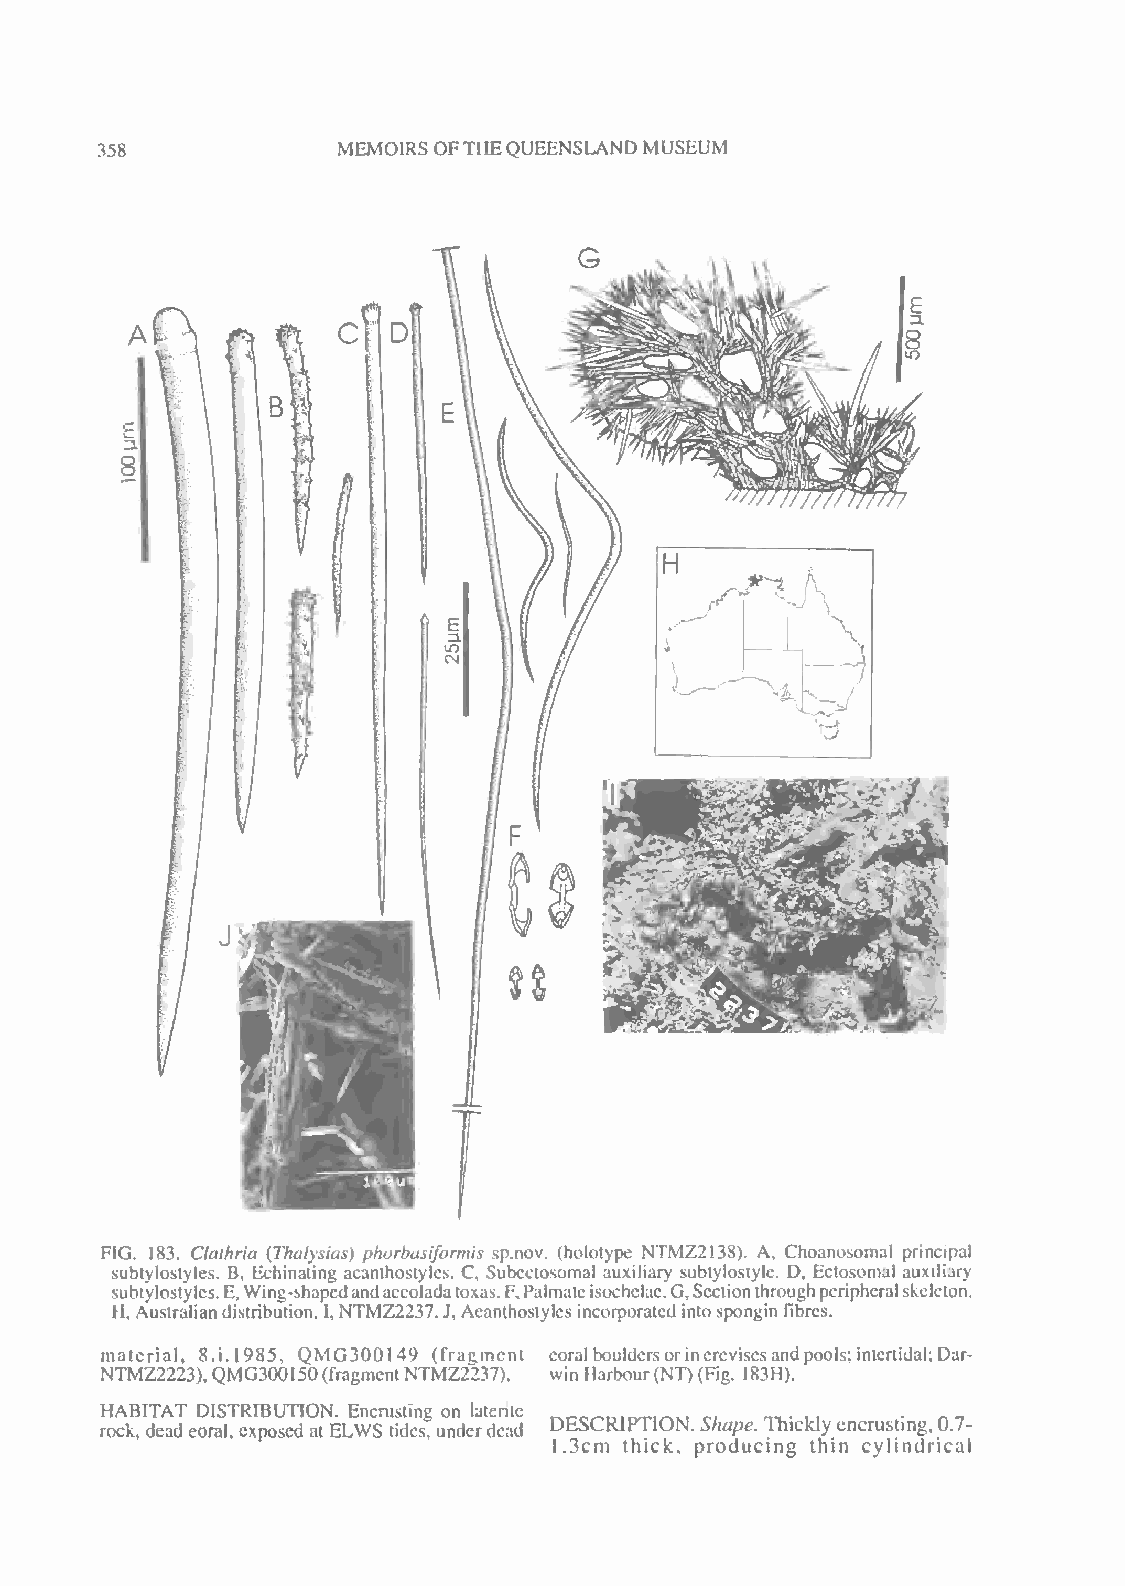
358
 MEMOIRS OFTHEQUEENSLANDMUSEUM
 H
 -
 1
 i
 •:;
 FIG. 183. Ctaihria (Thalysias) phorbasiformis sp.nov. (holotype NTMZ2138). A, Choanosomal principal
 subtylostyles. B, Echinating acanthoslyles. C, Subcctosoma! auxiliary sublylostyle. D, Ectosomal auxiliary
 subtylostyles.E,Wing-shapedandaccoladatoxas.F,Palmateisochelae.G,Sectionthroughperipheralskeleton.
 H, Australiandistribution. I,NTMZ2237. J, Acanthostylcs incorporatedintospongin fibres.
 materia], 8 i. 1985, QMG300149 (fragment coralbouldersorincreviscsandpools; intcrtidal; Dar-
 NTMZ2223), QMG300150(fragmentNTMZ2237). winHarbour(NT)(Fig. I83H).
 HABITAT DISTRIBUTION. Encrusting on lalente
 rock, dead coral, exposed at ELWS tides, underdead DESCRIPTION. Shape. Thicklyencrusting, 0.7-
 1.3cm thick, producing thin cylindrical